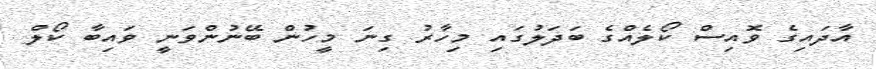
އާދައިގެ ވޮއިސް ކޯލެއްގެ ބަދަލުގައި މިހާރު ގިނަ މީހުން ބޭނުންވަނީ ވައިބާ ކޯލް